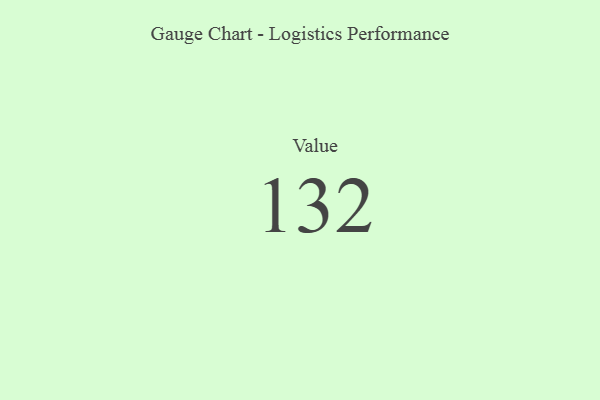
{"axis": {"x": "Metric", "y": "Value"}, "legend": [""], "data": [{"x": "Value", "y": 132, "type": ""}]}